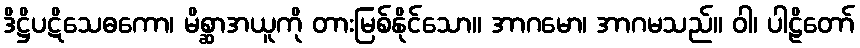
ဒိဋ္ဌိပဋိသေဓကော၊ မိစ္ဆာအယူကို တားမြစ်နိုင်သော။ အာဂမော၊ အာဂမသည်။ ဝါ၊ ပါဠိတော်